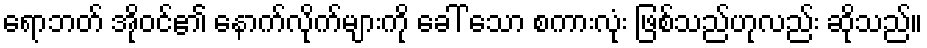
ရောဘတ် အိုဝင်၏ နောက်လိုက်များကို ခေါ် သော စကားလုံး ဖြစ်သည်ဟုလည်း ဆိုသည်။